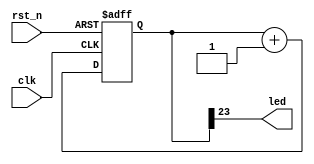
/////////////////////////////////////////////////////////////////////////////
//Altera ATPP     FPGA
// Altera Cyclone IV FPGA 
// SF-HSC (USB3.0) 
//         FPGA
//				SF-HSC
// http://myfpga.taobao.com/
// http://pan.baidu.com/s/1pLmZaFx
//                 
/////////////////////////////////////////////////////////////////////////////
//LED
module led_controller(
				//
			input clk,		//25MHz	
			input rst_n,	//	
				//LED
			output led		//LED
		);
		
////////////////////////////////////////////////////		
//LED	
reg[23:0] cnt;

always @(posedge clk or negedge rst_n)
	if(!rst_n) cnt <= 24'd0;
	else cnt <= cnt+1'b1;

assign led = cnt[23];	
	

endmodule